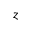
z